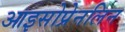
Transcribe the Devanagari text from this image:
आइसोप्रेनलिन